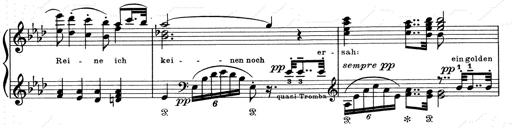
Title: Aus Lohengrin
Composer: Franz Liszt